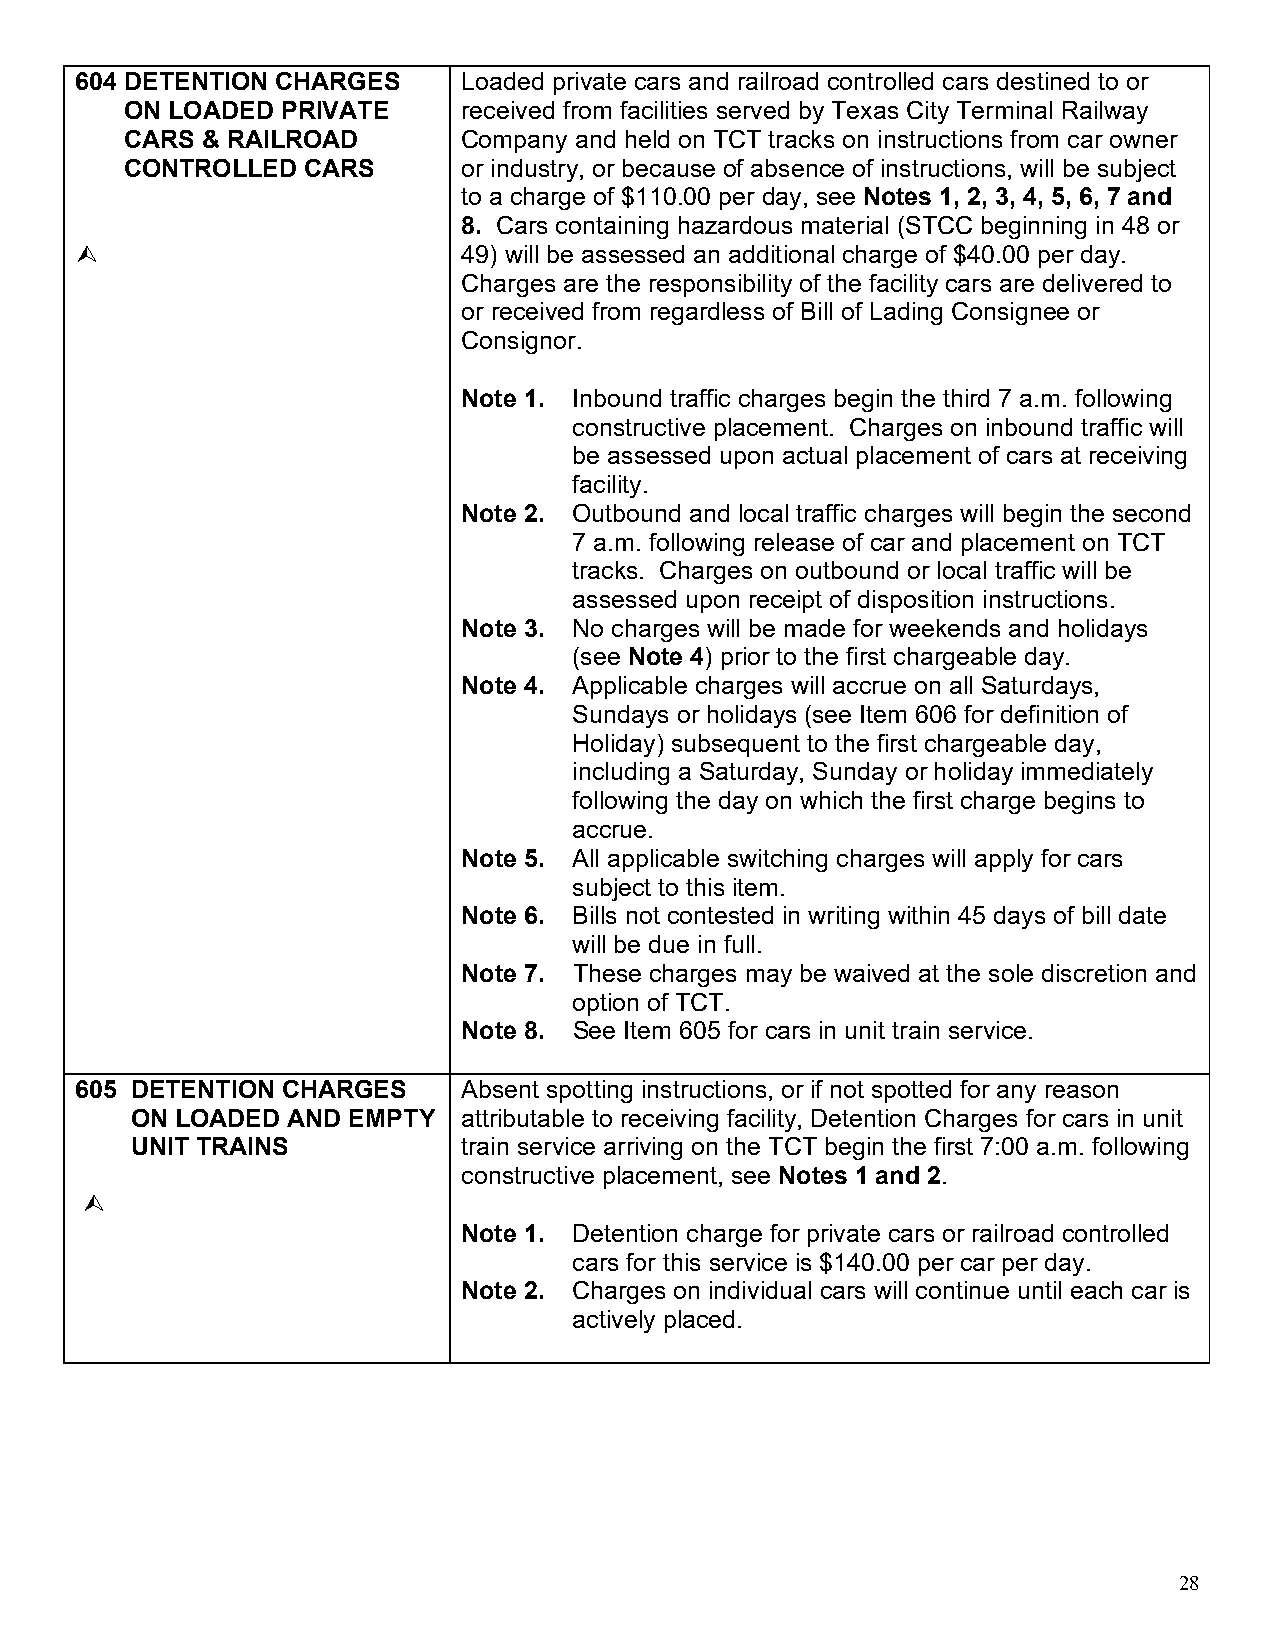
604 DETENTION CHARGES     Loaded private cars and railroad controlled cars destined to or
 ON LOADED  PRIVATE     received from facilities served by Texas City Terminal Railway
 CARS & RAILROAD        Company and held on TCT tracks on instructions from car owner
 CONTROLLED  CARS       or industry, or because of absence of instructions, will be subject
 to a charge of $110.00 per day, see Notes 1, 2, 3, 4, 5, 6, 7 and
 8. Cars containing hazardous material (STCC beginning in 48 or
                          49) will be assessed an additional charge of $40.00 per day.
 Charges are the responsibility of the facility cars are delivered to
 or received from regardless of Bill of Lading Consignee or
 Consignor.
 Note 1. Inbound traffic charges begin the third 7 a.m. following
 constructive placement. Charges on inbound traffic will
 be assessed upon actual placement of cars at receiving
 facility.
 Note 2. Outbound and local traffic charges will begin the second
 7 a.m. following release of car and placement on TCT
 tracks. Charges on outbound or local traffic will be
 assessed upon receipt of disposition instructions.
 Note 3. No charges will be made for weekends and holidays
 (see Note 4) prior to the first chargeable day.
 Note 4. Applicable charges will accrue on all Saturdays,
 Sundays or holidays (see Item 606 for definition of
 Holiday) subsequent to the first chargeable day,
 including a Saturday, Sunday or holiday immediately
 following the day on which the first charge begins to
 accrue.
 Note 5. All applicable switching charges will apply for cars
 subject to this item.
 Note 6. Bills not contested in writing within 45 days of bill date
 will be due in full.
 Note 7. These charges may be waived at the sole discretion and
 option of TCT.
 Note 8. See Item 605 for cars in unit train service.
 605 DETENTION CHARGES     Absent spotting instructions, or if not spotted for any reason
 ON LOADED AND EMPTY   attributable to receiving facility, Detention Charges for cars in unit
 UNIT TRAINS           train service arriving on the TCT begin the first 7:00 a.m. following
 constructive placement, see Notes 1 and 2.
 
 Note 1. Detention charge for private cars or railroad controlled
 cars for this service is $140.00 per car per day.
 Note 2. Charges on individual cars will continue until each car is
 actively placed.
 28